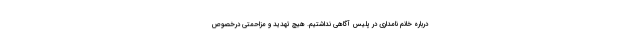
درباره خانم نامداری در پلیس آگاهی نداشتیم. هیچ تهدید و مزاحمتی درخصوص